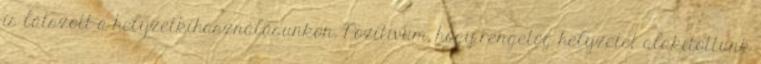
is látszott a helyzetkihasználásunkon. Pozitívum, hogy rengeteg helyzetet alakítottunk